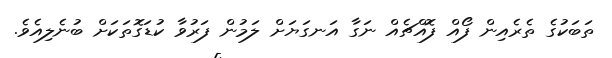
ތަބަކުގެ ތެރެއިން ފޯއް ފޮއްޗެއް ނަގާ އަނގަޔަށް ލަމުން ފަރުވާ ކުޑަގޮތަކަށް ބުނެލިއެވެ.